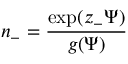
n _ { - } = \frac { \exp ( z _ { - } \Psi ) } { g ( \Psi ) }